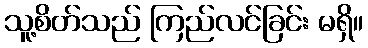
သူ့စိတ်သည် ကြည်လင်ခြင်း မရှိ။